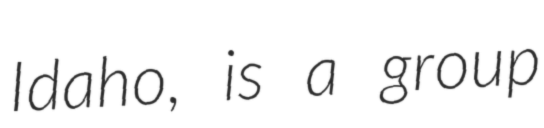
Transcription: Idaho, is a group